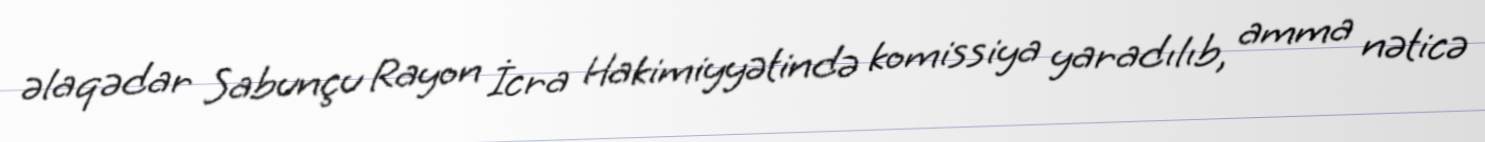
əlaqədar Sabunçu Rayon İcra Hakimiyyətində komissiya yaradılıb, amma nəticə